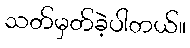
သတ်မှတ်ခဲ့ပါတယ်။